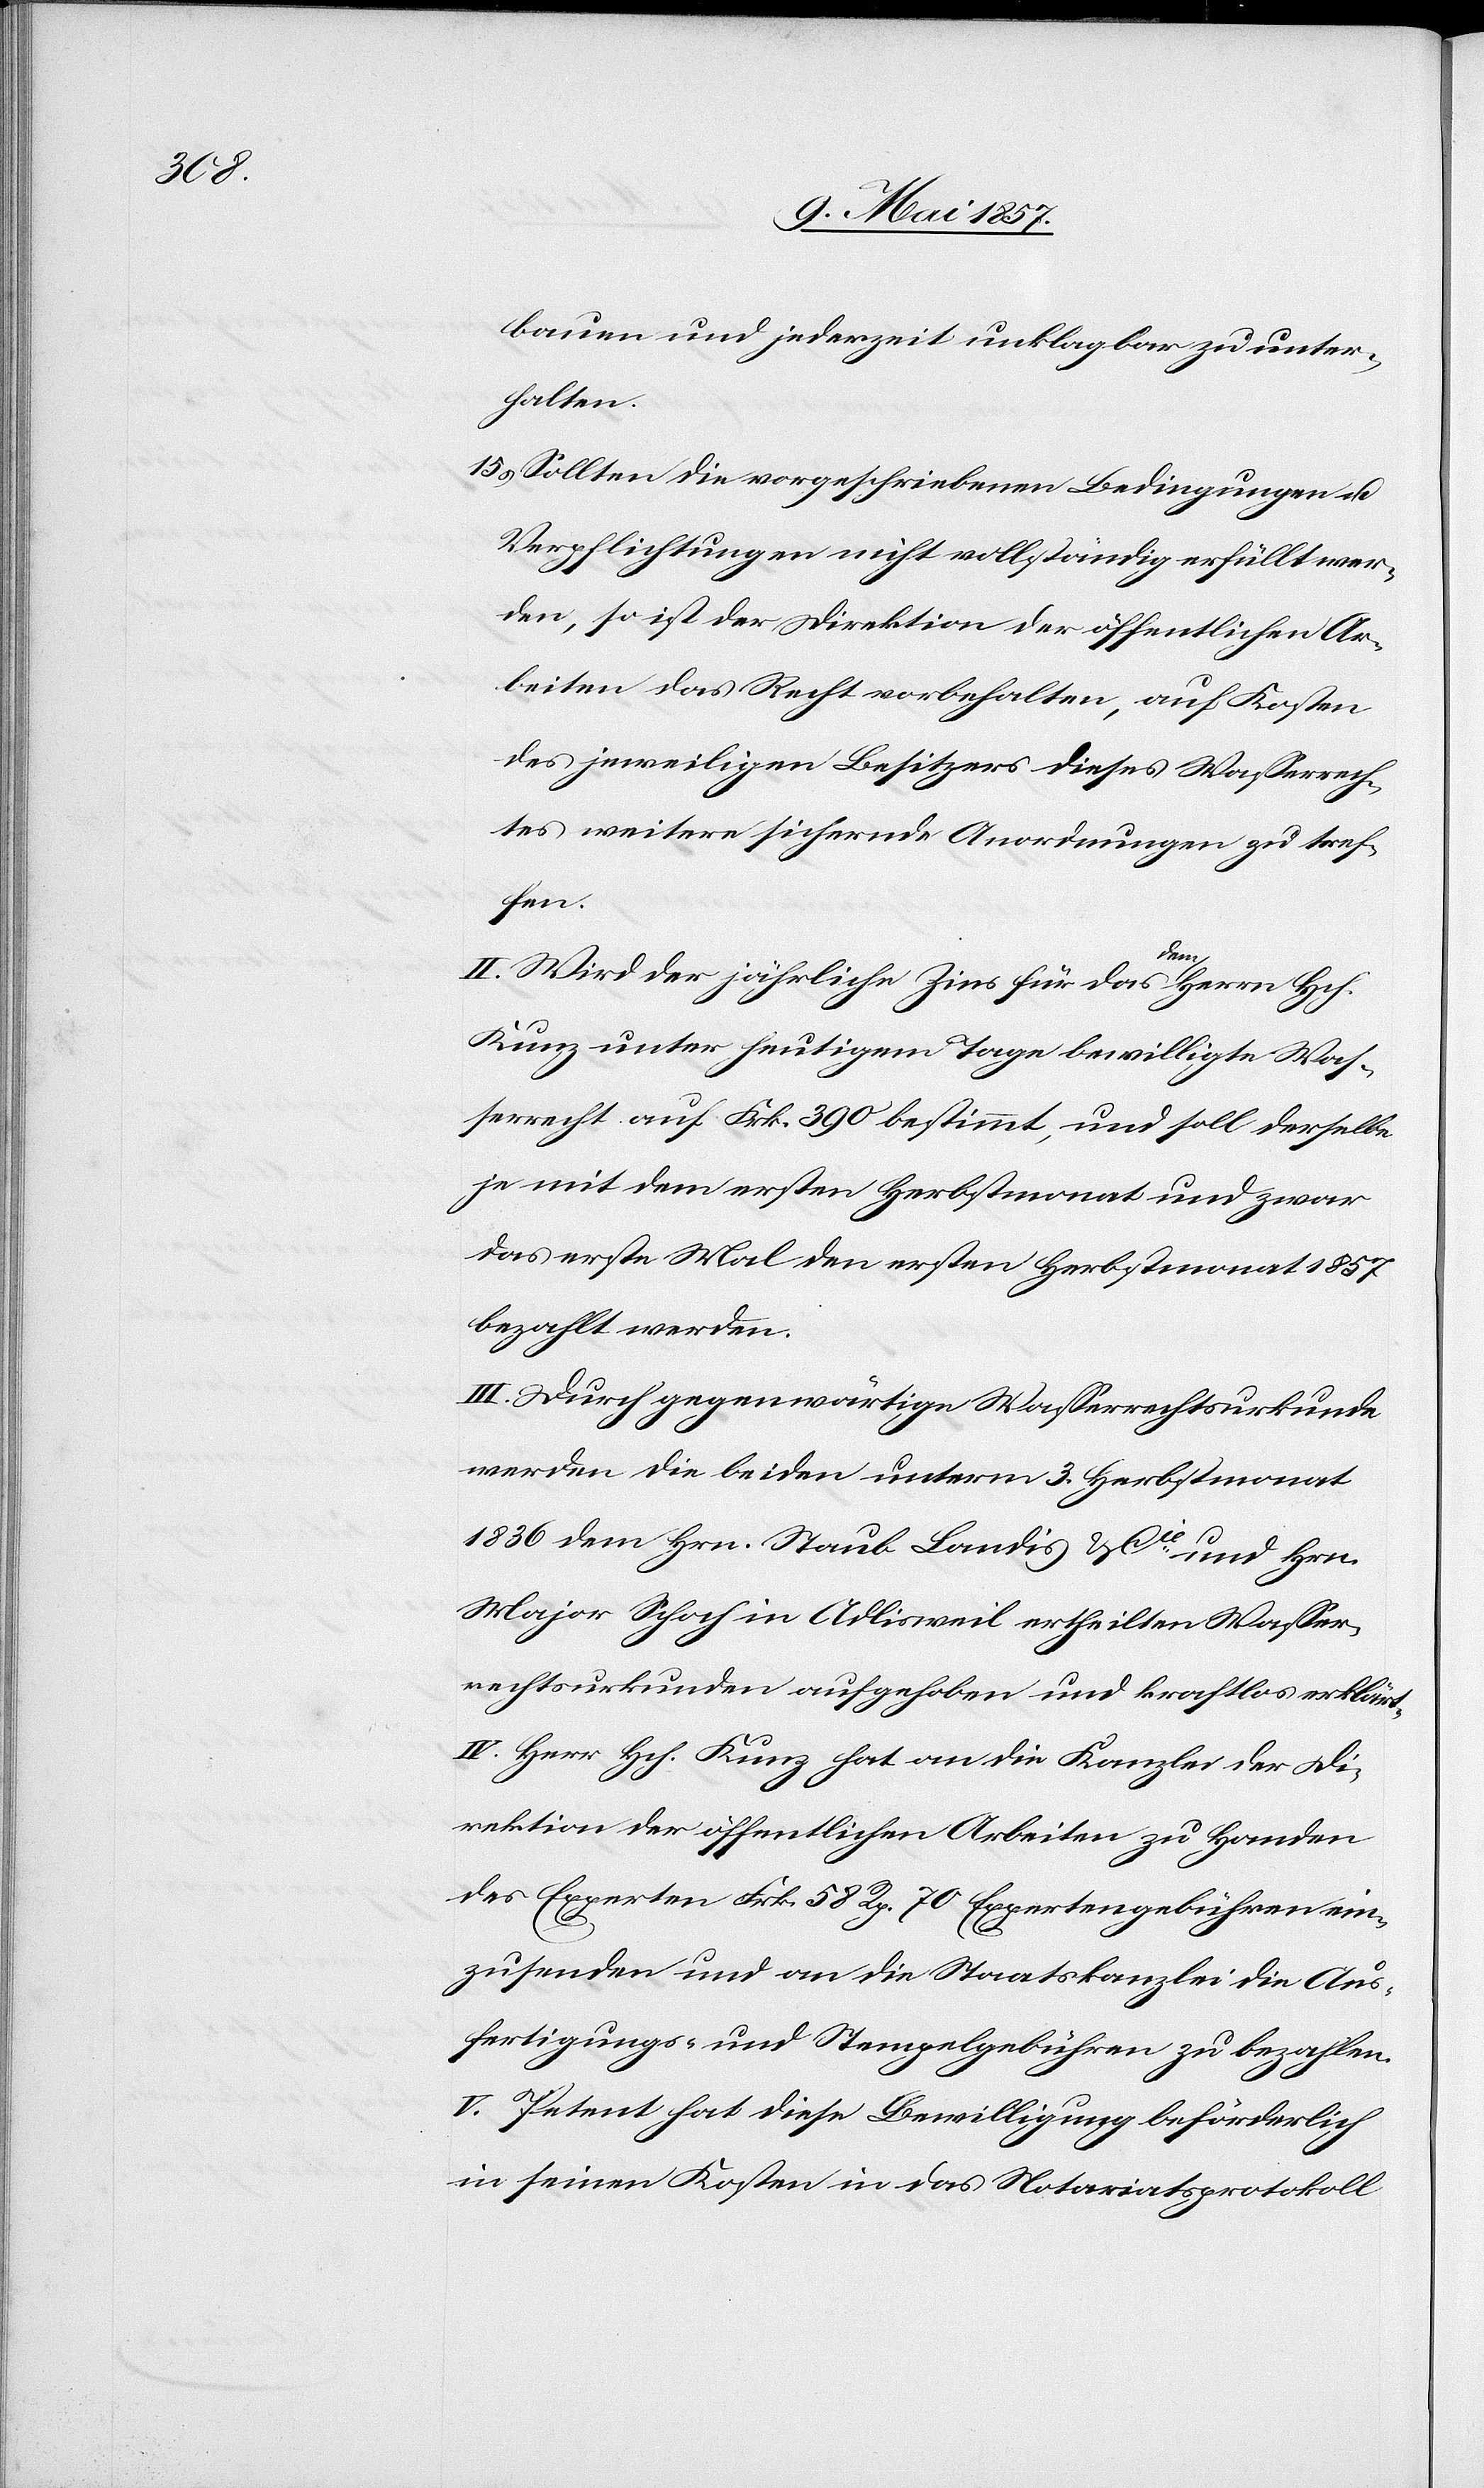
bauen und jederzeit unklagbar zu unter¬
halten.
15.) Sollten die vorgeschrieben Bedingungen als
Verpflichtungen nicht vollständig erfüllt wer¬
den, so ist der Direktion der öffentlichen Ar¬
beiten das Recht vorbehalten, auf Kosten
des jeweiligen Besitzers dieses Wasserrech¬
tes weitere sichernde Anordnungen zu tref¬
fen.
II. Wird der jährliche Zins für das dem Herrn Hch.
Kunz unter heutigem Tage bewilligte Was¬
serrecht auf Frk. 390 bestimmt, und soll derselbe
je mit dem ersten Herbstmonat und zwar
das erste Mal den ersten Herbstmonat 1857
bezahlt werden.
III. Durch gegenwärtige Wasserrechtsurkunde
werden die beiden unterm 3 Herbstmonat
1836 dem Hrn. Staub Landis & Cie und Hrn.
Major Schoch in Adlisweil ertheilten Wasser¬
rechtsurkunde aufgehoben und kraftlos erklärt.
IV. Herr Hch. Kunz hat an die Kanzlei der Di¬
rektion der öffentlichen Arbeiten zu Handen
des Experten Frk. 58 Rp. 70 Expertengebühren ein¬
zusenden und an die Staatskanzlei die Aus¬
fertigungs- u. Stempelgebühren zu bezahlen.
V. Petent hat diese Bewilligung beförderlich
in seinen Kosten in das Notariatsprotokoll